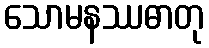
သောမနဿဓာတု